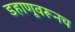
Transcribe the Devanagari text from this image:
डहाणूवरूनच